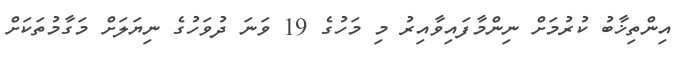
އިންތިޚާބު ކުރުމަށް ނިންމާފައިވާއިރު މި މަހުގެ 19 ވަނަ ދުވަހުގެ ނިޔަލަށް މަގާމުތަކަށް